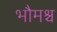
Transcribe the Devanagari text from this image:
भौमश्च